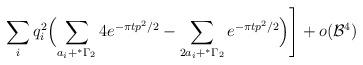
LaTeX: \begin{align*}\sum_i q_i^2 \Bigl(\sum_{a_i+^*\Gamma_2} 4 e^{-{\pi t} p^2/2} - \sum_{2a_i+^*\Gamma_2} e^{-{\pi t} p^2/2}\Bigr)\Biggr] +o({\cal B}^4)\end{align*}